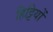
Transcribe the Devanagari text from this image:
हिट्टियों